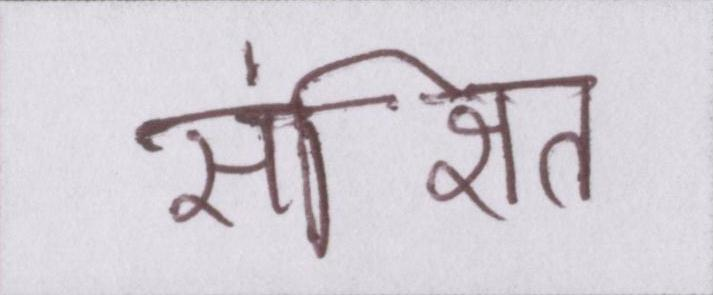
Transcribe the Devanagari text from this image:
संक्षित